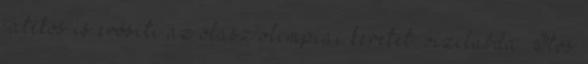
játékos is erősíti az olasz olimpiai keretet. vízilabda „Ötös